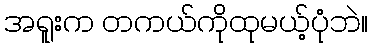
အရူးက တကယ်ကိုထုမယ့်ပုံဘဲ။